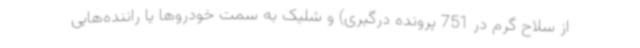
از سلاح گرم در 751 پرونده درگیری) و شلیک به سمت خودروها یا راننده‌هایی